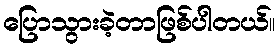
ပြောသွားခဲ့တာဖြစ်ပါတယ်။